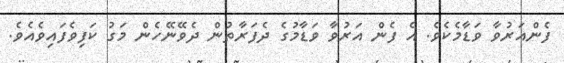
ފެންއަރުވާ ވަޑާމެކެވެ. އެ ފެން އަރުވާ ވަޑާމުގެ ދެފަރާތުން ދެވޭނޭހެން މަގު ކަފިވެފައިވެއެވެ.